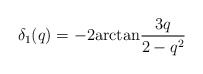
\begin{align*}\delta_1 (q)=-2{\rm arctan}\frac{3q}{2-q^2}\end{align*}